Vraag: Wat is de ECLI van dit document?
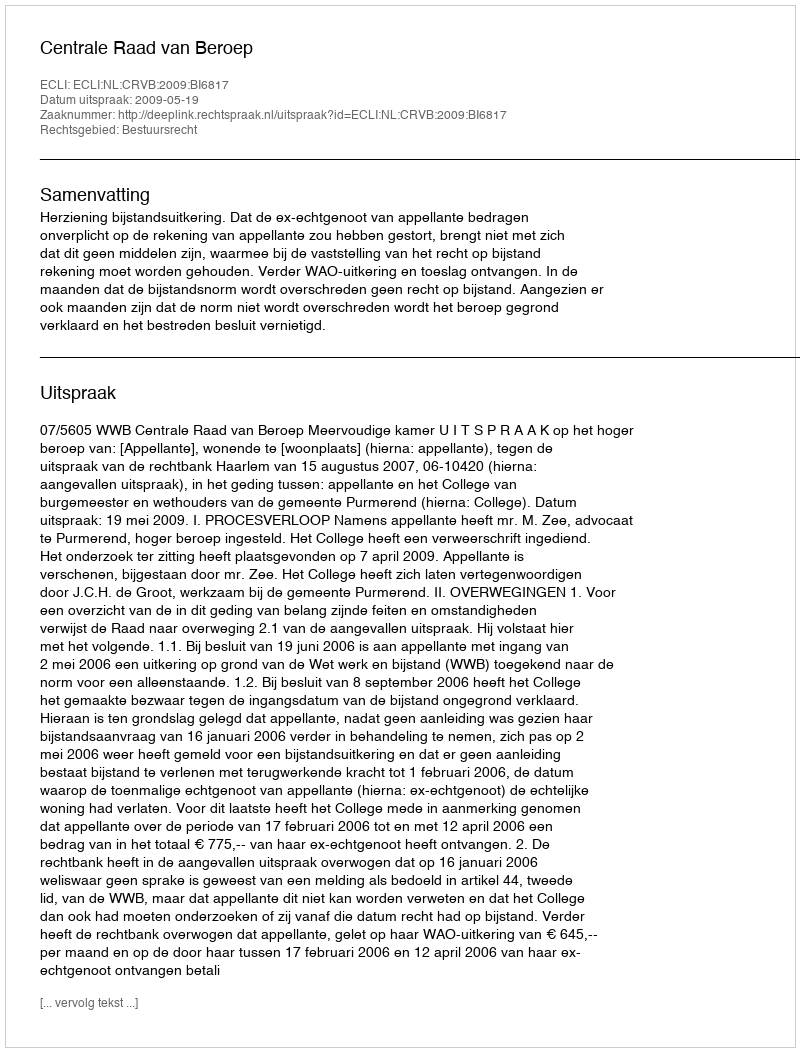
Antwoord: ECLI:NL:CRVB:2009:BI6817